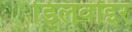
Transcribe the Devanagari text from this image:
डिलवोइर